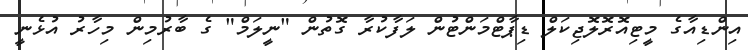
އިންޑިއާގެ މީޓިއޮރޮލޮޖިކަލް ޑިޕާޓްމަންޓުން ލަފާކުރާ ގޮތުން "ނީލަމް" ގެ ބާރުމިން މިހާރު އުޅެނީ